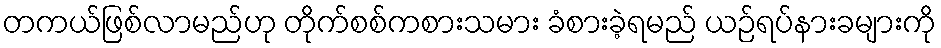
တကယ်ဖြစ်လာမည်ဟု တိုက်စစ်ကစားသမား ခံစားခဲ့ရမည် ယဉ်ရပ်နားခများကို